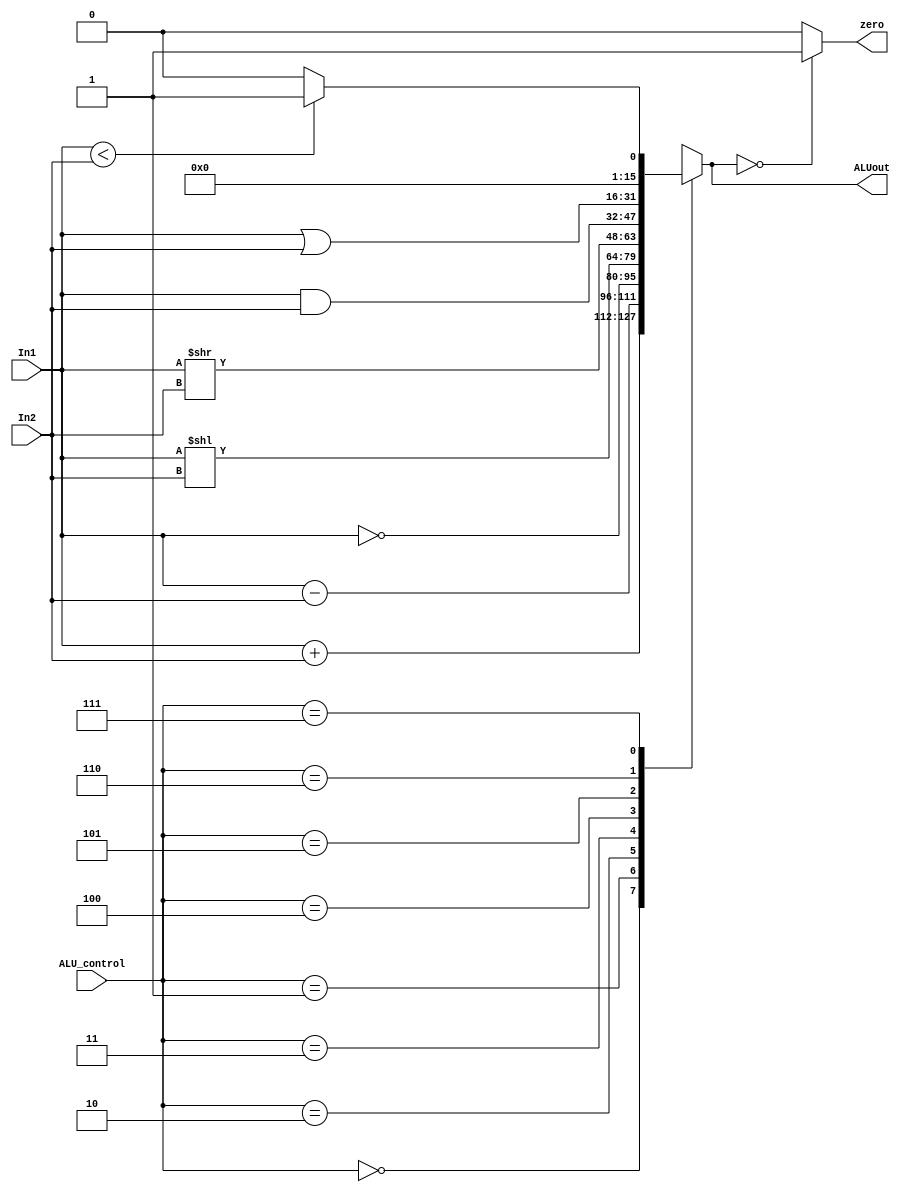

module ALU (input [15:0] In1, In2, 
			input [2:0] ALU_control, 
			output zero,
			output reg [15:0] ALUout 
			);
			
  always @ (*) begin
   case (ALU_control) 
    3'b000 : ALUout = In1 + In2;		//ADD
    3'b001 : ALUout = In1 - In2;		//SUB
    3'b010 : ALUout = ~In1;				//NOT
    3'b011 : ALUout = In1 << In2;		//Shift Left
    3'b100 : ALUout = In1 >> In2;		//Shift Right
    3'b101 : ALUout = In1 & In2;			//AND
	3'b110 : ALUout = In1 | In2;			//OR
	3'b111 : ALUout = (In1 < In2) ? 16'd1 : 16'd0;	//SLT
	default: ALUout = In1 + In2;
   endcase
  end    
  assign zero = (ALUout == 16'd0) ? 1'b1: 1'b0 ;
   
 endmodule